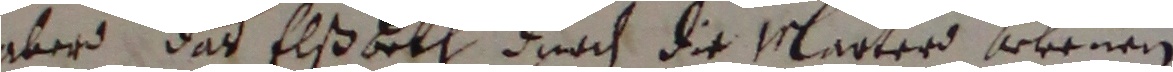
aber das Elß besh durch die marter bekenen